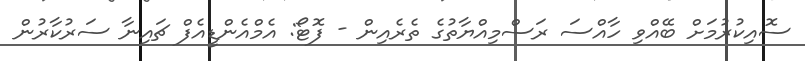
ސޮއިކުރުމަށް ބޭއްވި ހާއްސަ ރަސްމިއްޔާތުގެ ތެރެއިން - ފޮޓޯ: އެމްއެންޑީއެފް ޗައިނާ ސަރުކާރުން